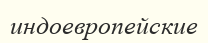
индоевропейские